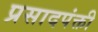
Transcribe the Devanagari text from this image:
प्रसादपंक्ती